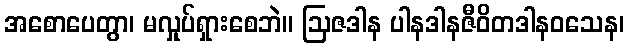
အစောပေတွာ၊ မလှုပ်ရှားစေဘဲ။ ဩဇဒါန ပါနဒါနဇီဝိတဒါနဝသေန၊